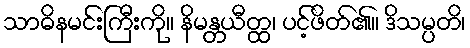
သာဓိနမင်းကြီးကို။ နိမန္တယီတ္ထ၊ ပင့်ဖိတ်၏။ ဒိသမ္ပတိ၊